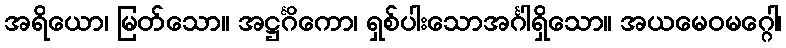
အရိယော၊ မြတ်သော။ အဋ္ဌင်္ဂိကော၊ ရှစ်ပါးသောအင်္ဂါရှိသော။ အယမေဝမဂ္ဂေါ၊